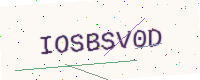
Text: IOSBSV0D